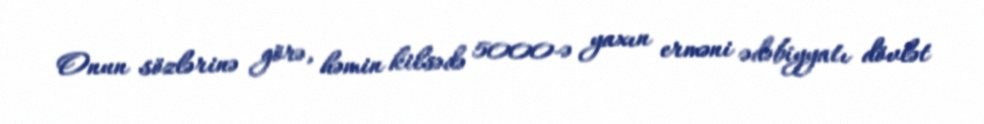
Onun sözlərinə görə, həmin kilsədə 5000-ə yaxın erməni ədəbiyyatı dövlət